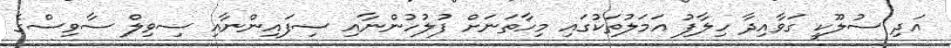
އަދި ސުލޫކީ ގަވާއިދާ ހިލާފު އަމަލުތަކުގައި މިހާތަނަށް ފުލުހުންނާއި ސިފައިންނާއި ސިވިލް ސާވިސްގެ